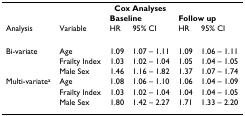
<table><thead><tr><td></td><td></td><td colspan="2"><b>Cox Analyses</b></td><td></td><td></td></tr><tr><td></td><td></td><td colspan="2"><b>Baseline</b></td><td colspan="2"><b>Follow up</b></td></tr><tr><td><b>Analysis</b></td><td><b>Variable</b></td><td><b>HR</b></td><td><b>95% CI</b></td><td><b>HR</b></td><td><b>95% CI</b></td></tr></thead><tbody><tr><td>Bi-variate</td><td>Age</td><td>1.09</td><td>1.07 – 1.11</td><td>1.09</td><td>1.06 – 1.11</td></tr><tr><td></td><td>Frailty Index</td><td>1.03</td><td>1.02 – 1.04</td><td>1.05</td><td>1.04 – 1.05</td></tr><tr><td></td><td>Male Sex</td><td>1.46</td><td>1.16 – 1.82</td><td>1.37</td><td>1.07 – 1.74</td></tr><tr><td>Multi-variate<sup>a</sup></td><td>Age</td><td>1.08</td><td>1.06 – 1.10</td><td>1.06</td><td>1.04 – 1.09</td></tr><tr><td></td><td>Frailty Index</td><td>1.03</td><td>1.02 – 1.04</td><td>1.04</td><td>1.04 – 1.05</td></tr><tr><td></td><td>Male Sex</td><td>1.80</td><td>1.42 – 2.27</td><td>1.71</td><td>1.33 – 2.20</td></tr></tbody></table>